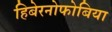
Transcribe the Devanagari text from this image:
हिबेरनोफोबिया